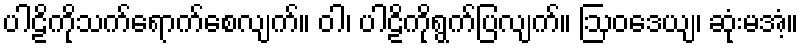
ပါဠိကိုသက်ရောက်စေလျက်။ ဝါ၊ ပါဠိကိုရွက်ပြလျက်။ ဩဝဒေယျ၊ ဆုံးမအံ့။